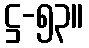
ဋ္ဌ-၅၃။